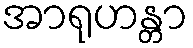
အာရုဟန္တာ